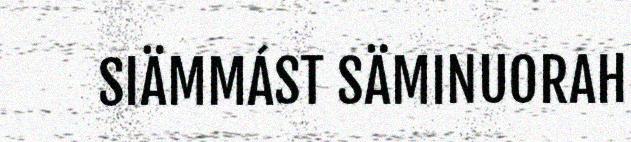
SIÄMMÁST SÄMINUORAH